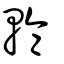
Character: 輪